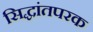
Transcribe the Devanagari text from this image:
सिद्धांतपरक